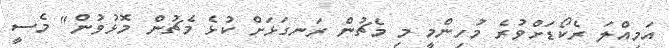
އަމިއްލަ ރެކޯޑަށްވުރެ މުހިންމީ މި މެޗުން ރަނގަޅަށް ކުޅެ މެޗުން މޮޅުވުން" މެސީ